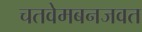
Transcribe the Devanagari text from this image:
चतवेमबनजवत